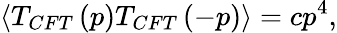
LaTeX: \langle T_{CFT}\left(p\right)T_{CFT}\left(-p\right)\rangle=cp^{4},